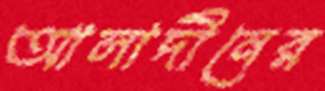
আলাদীনের